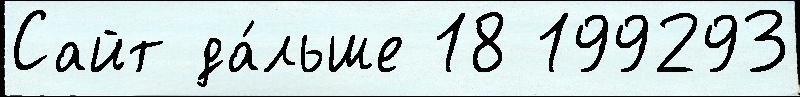
Сайт да́льше 18 199293